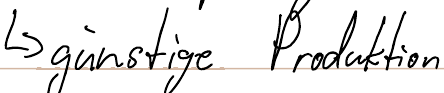
-> günstige Produktion